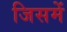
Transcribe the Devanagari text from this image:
जिसमें